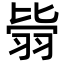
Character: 𦐳